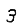
Digit: 3